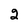
Character: 2